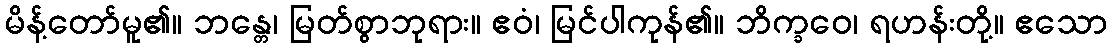
မိန့်တော်မူ၏။ ဘန္တေ၊ မြတ်စွာဘုရား။ ဧဝံ၊ မြင်ပါကုန်၏။ ဘိက္ခဝေ၊ ရဟန်းတို့။ ဧသော